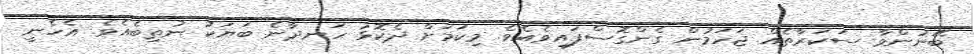
ބޭނުންވާ ސަކަރާތެއް ޖަހަމުން ގެންގޮސްފައިވެއެވެ. މިކަމަށް ދެކޮޅު ހަނދާނެ ބަޔަކު ނުތިބެއެވެ. އެހެނީ